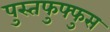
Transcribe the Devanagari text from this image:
पुस्तफुफ्फुस